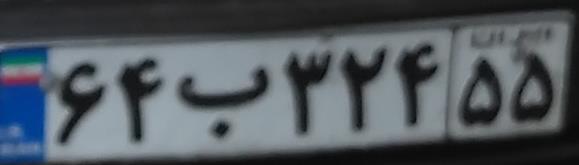
۶۴ب۳۲۴۵۵